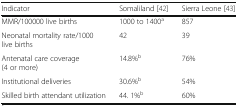
<table><thead><tr><td><b>Indicator</b></td><td><b>Somaliland [42]</b></td><td><b>Sierra Leone [43]</b></td></tr></thead><tbody><tr><td>MMR/100000 live births</td><td>1000 to 1400<sup>a</sup></td><td>857</td></tr><tr><td>Neonatal mortality rate/1000 live births</td><td>42</td><td>39</td></tr><tr><td>Antenatal care coverage (4 or more)</td><td>14.8%<sup>b</sup></td><td>76%</td></tr><tr><td>Institutional deliveries</td><td>30.6%<sup>b</sup></td><td>54%</td></tr><tr><td>Skilled birth attendant utilization</td><td>44. 1%<sup>b</sup></td><td>60%</td></tr></tbody></table>